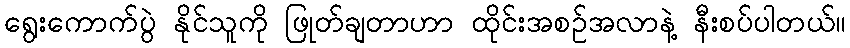
ရွေးကောက်ပွဲ နိုင်သူကို ဖြုတ်ချတာဟာ ထိုင်းအစဉ်အလာနဲ့ နီးစပ်ပါတယ်။